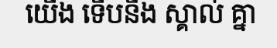
យើង ទើបនឹង ស្គាល់ គ្នា